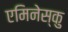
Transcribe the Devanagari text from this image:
एमिनेस्कु